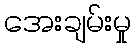
အေးချမ်းမှု